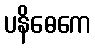
ပနိဓေကေ